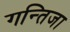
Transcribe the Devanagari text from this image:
गन्तिजा